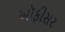
અૉફીસર